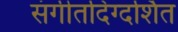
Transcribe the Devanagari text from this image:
संगीतदिग्दर्शित